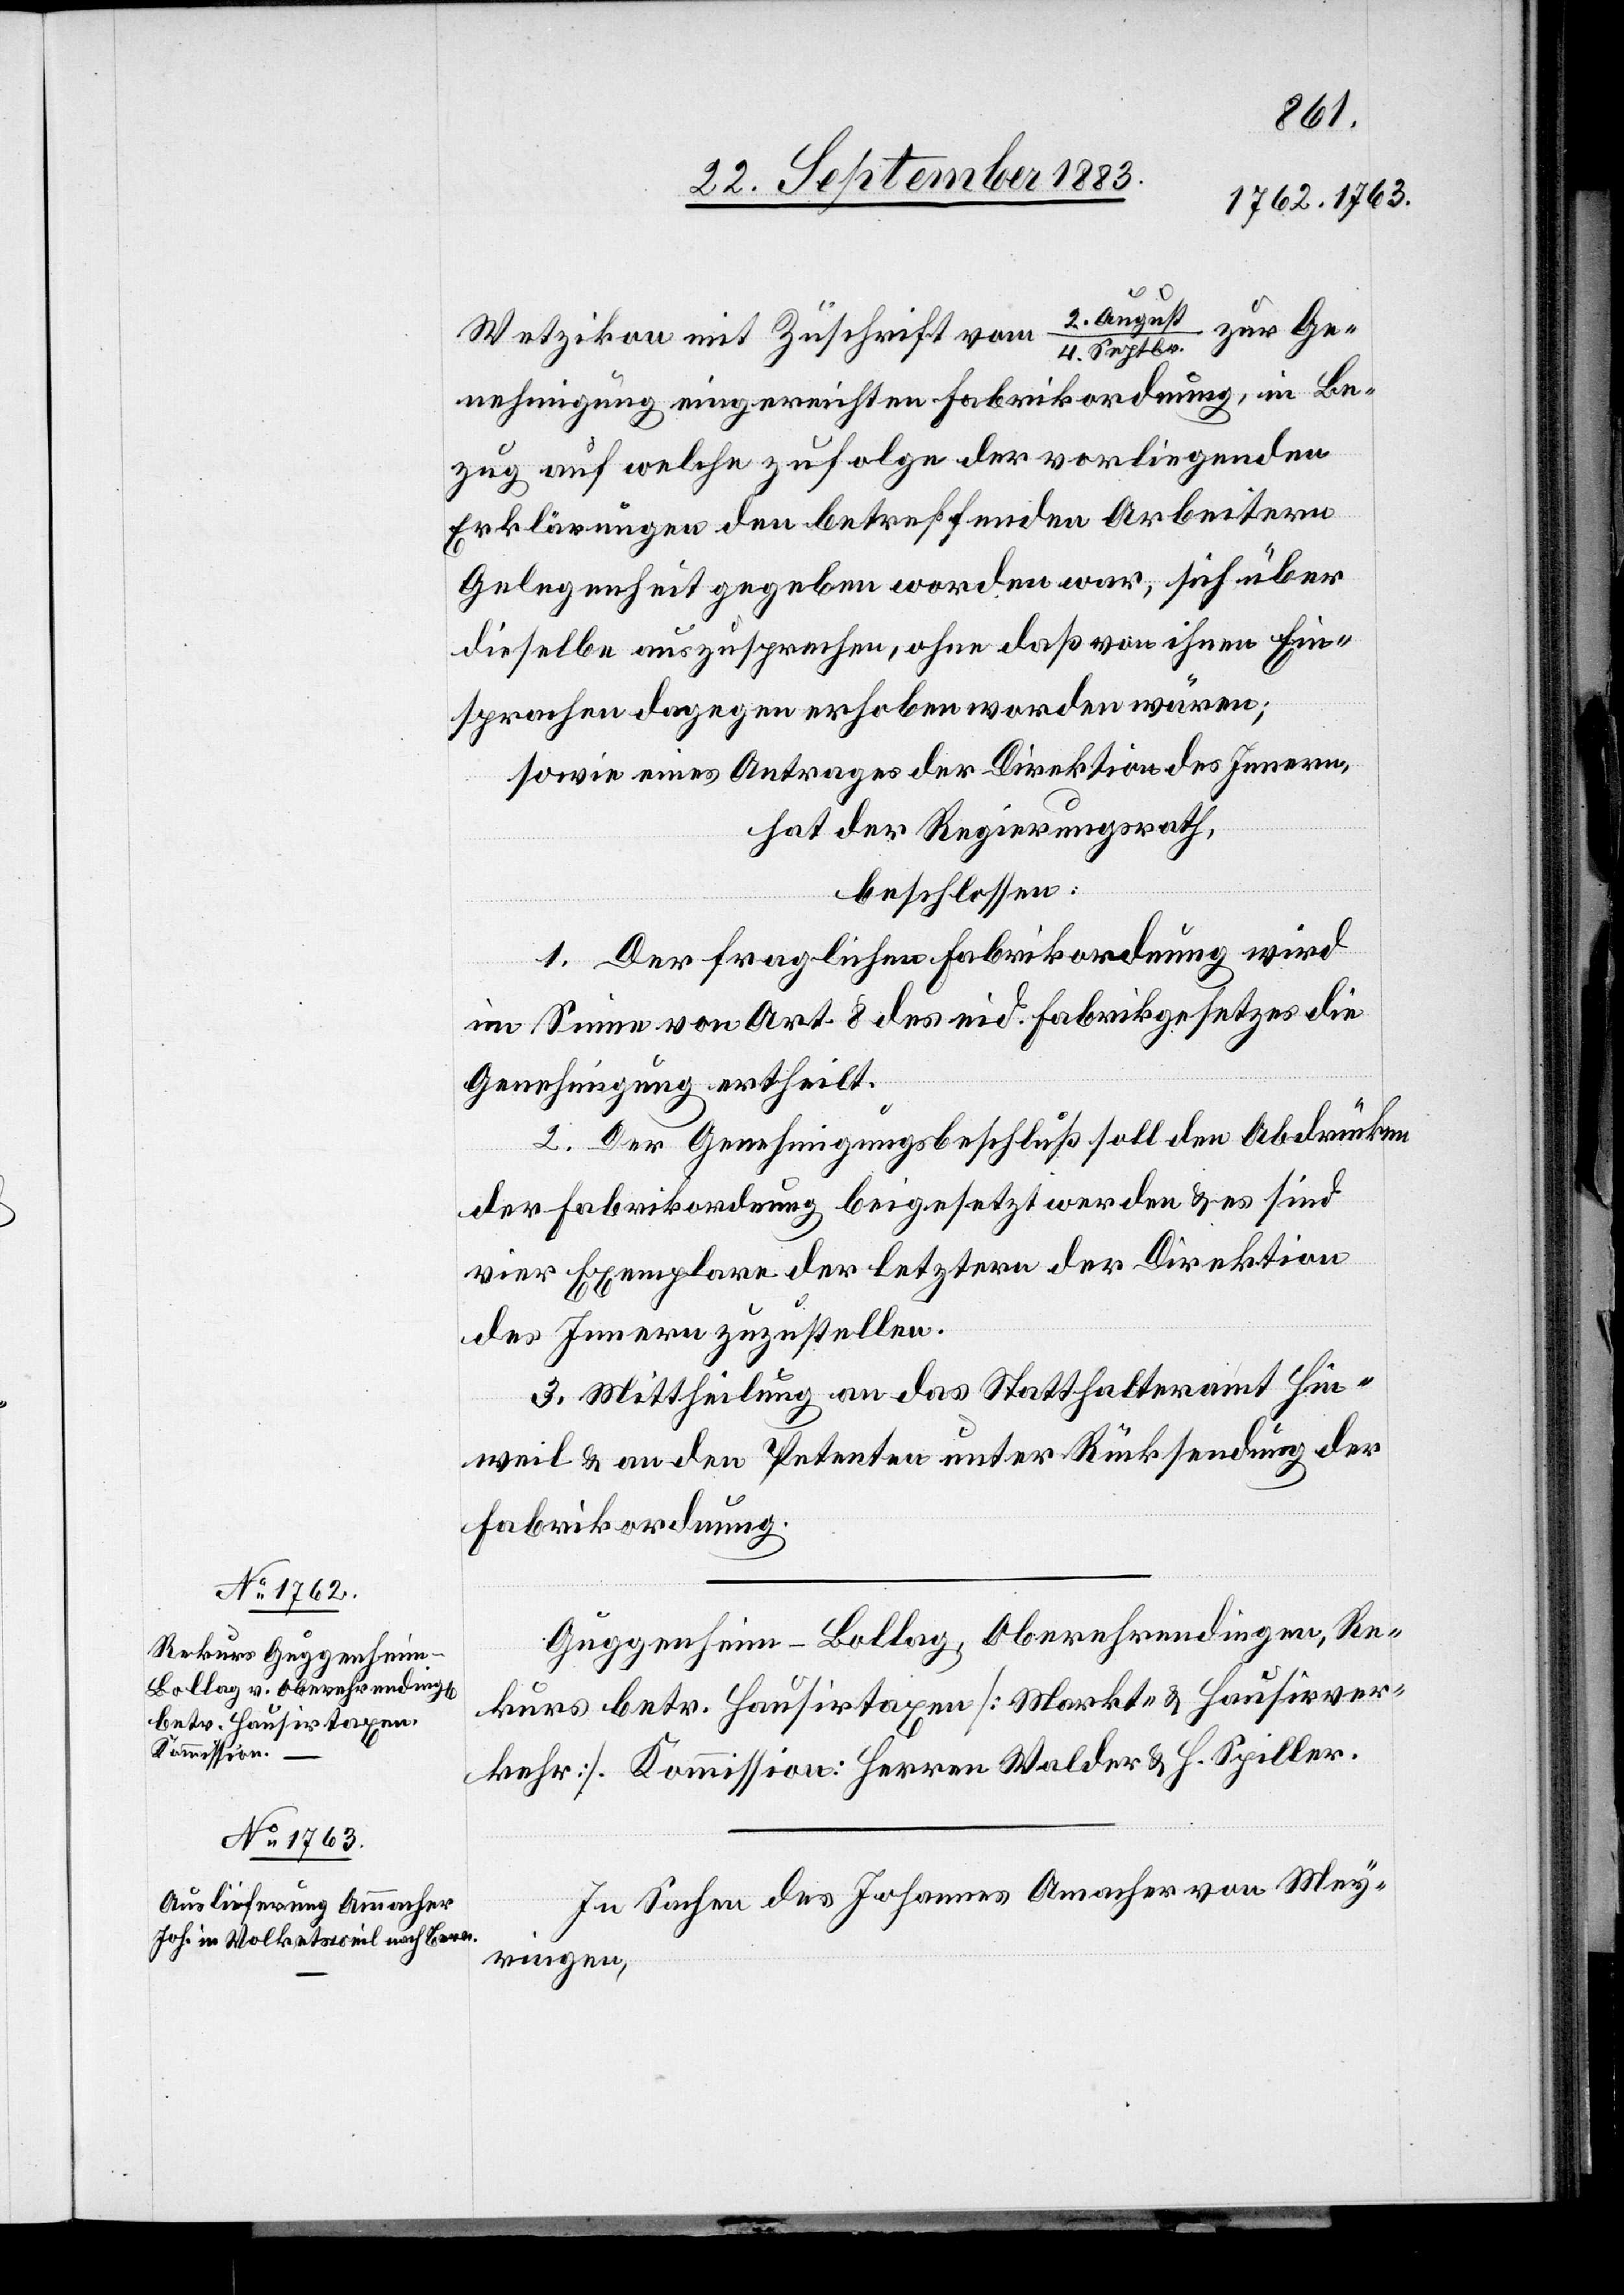
zur Ge¬
Wetzikon mit Zuschrift vom 2. Augus¬
t/4. Septbr.
nehmigung eingereichten Fabrikordnung, in Be¬
zug auf welche zufolge der vorliegenden
Erklärungen den betreffenden Arbeitern
Gelegenheit gegeben worden war, sich über
dieselbe auszusprechen, ohne daß von ihnen Ein¬
sprachen dagegen erhoben worden wären;
sowie eines Antrages der Direktion des Innern,
hat der Regierungsrath,
beschlossen:
1. Der fraglichen Fabrikordnung wird
im Sinne von Art. 8 des eid. Fabrikgesetzes die
Genehmigung ertheilt.
2. Der Genehmigungsbeschluß soll den Abdrücken
der Fabrikordnung beigesetzt werden & es sind
vier Exemplare der letztern der Direktion
des Innern zuzustellen.
3. Mittheilung an das Statthalteramt Hin¬
weil & an den Petenten unter Rücksendung der
Fabrikordnung.
Guggenheim-Bollag, Oberehrendingen, Re¬
kurs betr. Hausirtaxen [Markt- & Hausirver¬
kehr]. Kommission: Herren Walder & H. Spiller.
In Sachen des Johannes Amacher [sic!] von Mey¬
ringen,